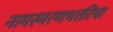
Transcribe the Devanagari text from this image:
नामस्मरणभक्तीचा